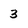
Character: 3